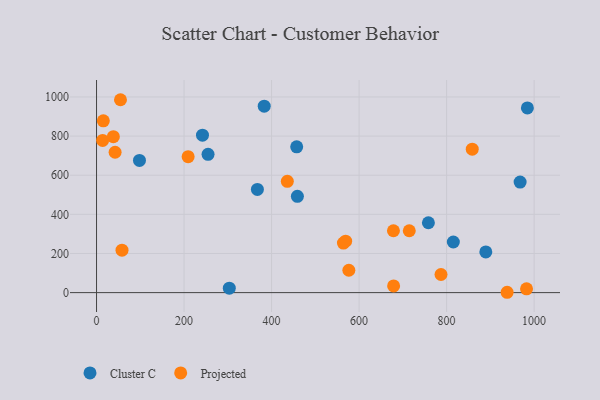
{"axis": {"x": "Engine Size", "y": "Sales"}, "legend": ["Cluster C", "Projected"], "data": [{"x": "815.4", "y": 258.6, "type": "Cluster C"}, {"x": "968.0", "y": 564.9, "type": "Cluster C"}, {"x": "459.0", "y": 492.2, "type": "Cluster C"}, {"x": "383.2", "y": 953.0, "type": "Cluster C"}, {"x": "303.4", "y": 22.5, "type": "Cluster C"}, {"x": "242.1", "y": 804.6, "type": "Cluster C"}, {"x": "758.4", "y": 357.0, "type": "Cluster C"}, {"x": "367.6", "y": 527.6, "type": "Cluster C"}, {"x": "254.8", "y": 706.9, "type": "Cluster C"}, {"x": "984.6", "y": 944.0, "type": "Cluster C"}, {"x": "457.4", "y": 745.0, "type": "Cluster C"}, {"x": "889.6", "y": 208.1, "type": "Cluster C"}, {"x": "98.1", "y": 675.7, "type": "Cluster C"}, {"x": "15.5", "y": 878.2, "type": "Projected"}, {"x": "564.2", "y": 253.3, "type": "Projected"}, {"x": "209.3", "y": 694.8, "type": "Projected"}, {"x": "569.3", "y": 263.1, "type": "Projected"}, {"x": "576.6", "y": 114.3, "type": "Projected"}, {"x": "42.4", "y": 717.3, "type": "Projected"}, {"x": "938.3", "y": 1.7, "type": "Projected"}, {"x": "38.4", "y": 796.9, "type": "Projected"}, {"x": "436.0", "y": 569.0, "type": "Projected"}, {"x": "787.2", "y": 92.5, "type": "Projected"}, {"x": "13.9", "y": 777.7, "type": "Projected"}, {"x": "678.5", "y": 316.1, "type": "Projected"}, {"x": "714.7", "y": 316.1, "type": "Projected"}, {"x": "54.7", "y": 985.9, "type": "Projected"}, {"x": "858.6", "y": 733.3, "type": "Projected"}, {"x": "678.9", "y": 34.1, "type": "Projected"}, {"x": "982.7", "y": 19.1, "type": "Projected"}, {"x": "58.2", "y": 216.8, "type": "Projected"}]}